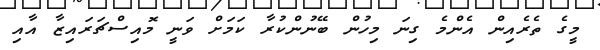
މީގެ ތެރެއިން އެންމެ ގިނަ މިހުން ބޭނުންކުރާ ކަމަށް ވަނީ މޮއިސްޗަރައިޒާ އާއި